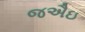
જઐઇ